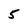
Character: 5